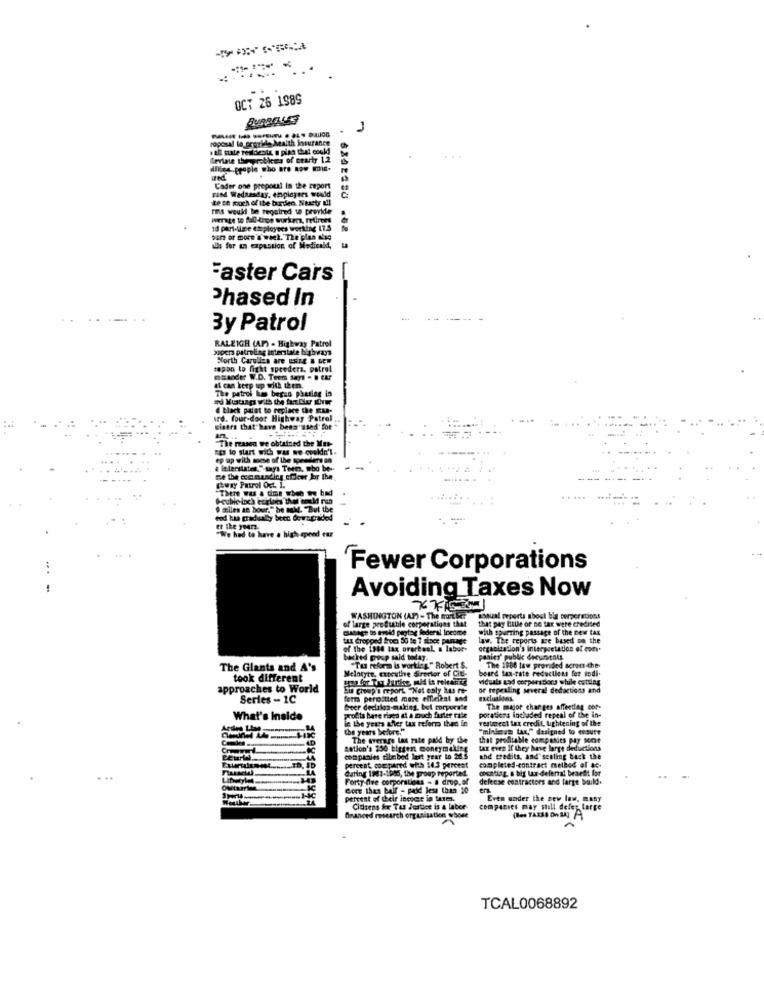
OCT 26 1989
BURBELLES
1
roposal lo erpride health insurance
pal mate residente, a pisa that could
Ilevlat theyrobles of erarty 1.2
dinles people who are aow wie.
Fand Wednesday, employers would
Cader one propou! In the report
Le on moch of the burden Nasty all
ris would be required to provide
id part-time employees working 17.5
sar or more's week. The plan alsg
ils for an expansion of Medicaid,
1
Faster Cars
Phased In
3y Patrol
RALEIGH (AP) - Highway Patrol
papers patroling interstate highways
North Carolina are Using & Gew
tapon to fight speeders. patrol
masder W.D. Tem says - I CAP
it can keep up with them.
The patroi lum bersa phasing in
@ black paint to replace the RAD-
sed. four-door Highway Patrol
cisara that have bens used for
"es lo start with was we couldn't.
The rasen we obtained the Mup-
ep up with moe of the premna
& interstates. " says Toem, who be-
way Patrol Oct. 1.
There was a time when we had
Fewer Corporations
Avoiding Taxes Now
of large profutile corporations that
WASHINGTON (AP) - The mit
asoual reports about bia corporations
that pay little or no tax were credited
catage in trodd pagtse federal Income
with spurring passage of the new tax
law. The reports are based on the
of the 1944 lax prarbank, a labor-
organization's interpretation of con
backed posp said today.
pmaits' public deruascoli
The Giants and A's
Melatyre, curcuthe director of Cit-
"Tus reform is working " Robert S.
board tax-rate reductiens fer iodi.
"The 1986 law provided scron-the-
took different
viduals aad corpers Docs while cutting
approaches to World
bis croup a report. "Not caly kus re-
or repealing several dedactions and
Series - 1C
ferr permitted more efficient and
exclualons.
beer declalos-making, but corporate
The major changes affecting cor-
What's Inside
profits bare riaes at a much faster rate
in the years after tax reformo thes in
vestment tax credit tightening of the
porations included repeal of the in-
the years before."
"mindeztum tax," designed to ensure
The average las rate paid by the
that profitable companies May Not
Ration's 250 biggest moneymaking
lax even If they have large deductions
companies tibebed last year to 24.5
and credits, and sealing back the
completed-contract method of ac-
Caring 1981-1986, the group reported.
percent compared with 143 perotet
counting, & big law-deferral benefit for
. ..
Forty-Ove corporations - a drop.of
defecse contractors and large build.
Gore than baif - paid less than 10
en
percent of cheir incoce in tures.
Even under the new law, many
Citizens fx Tas Jeatiet is a laber
companies may stall defer large
Graneed research organisation whoet
TCAL0068892